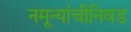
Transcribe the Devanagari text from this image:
नमून्यांचीनिवड